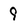
Character: 9